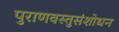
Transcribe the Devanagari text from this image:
पुराणवस्तुसंशोधन